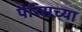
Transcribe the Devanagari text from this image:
पैरिसच्या